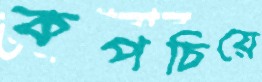
কপচিয়ে